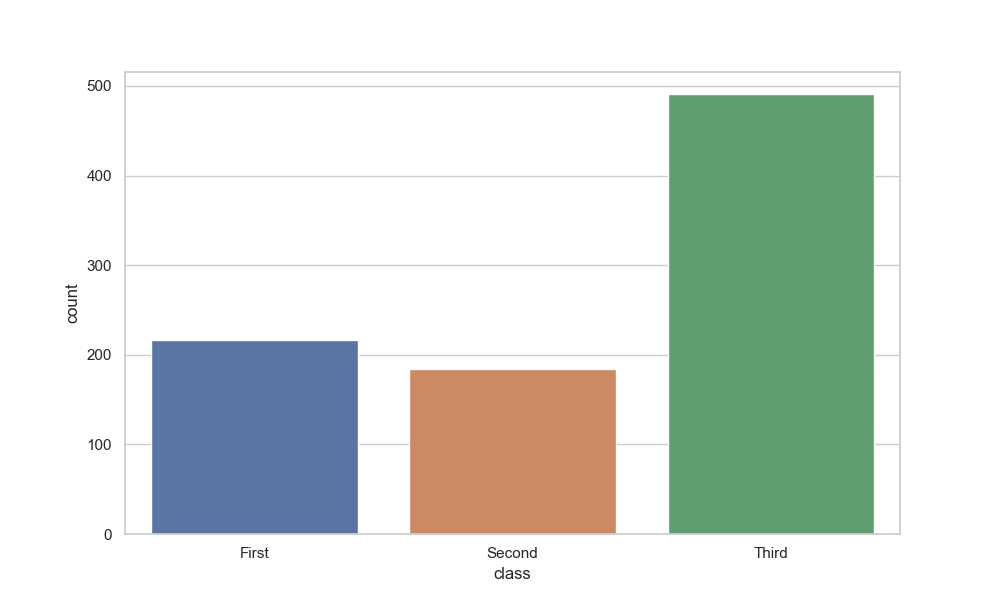
python, seaborn, countplot, x='class', palette='deep', hue='None'